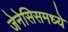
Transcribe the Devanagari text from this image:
जेनेसिसमध्ये